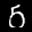
Label: 5